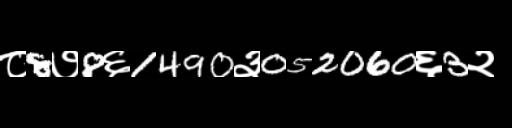
Text: ८8७8६1490३052060६3२